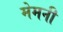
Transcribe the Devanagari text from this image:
मेमनी